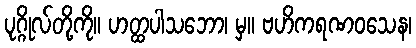
ပုဂ္ဂိုလ်တို့ကို။ ဟတ္ထပါသဘော၊ မှ။ ဗဟိကရဏဝသေန၊